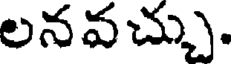
లనవచ్చు.